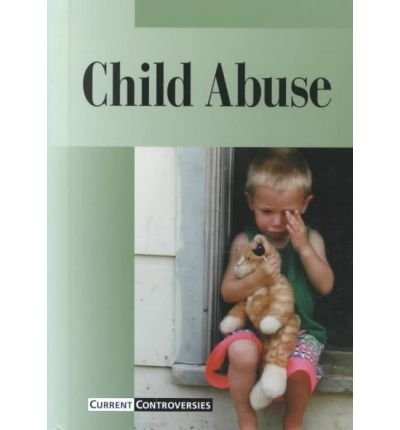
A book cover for Child Abuse (Current Controversies); Bryan J. Grapes; Teen & Young Adult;